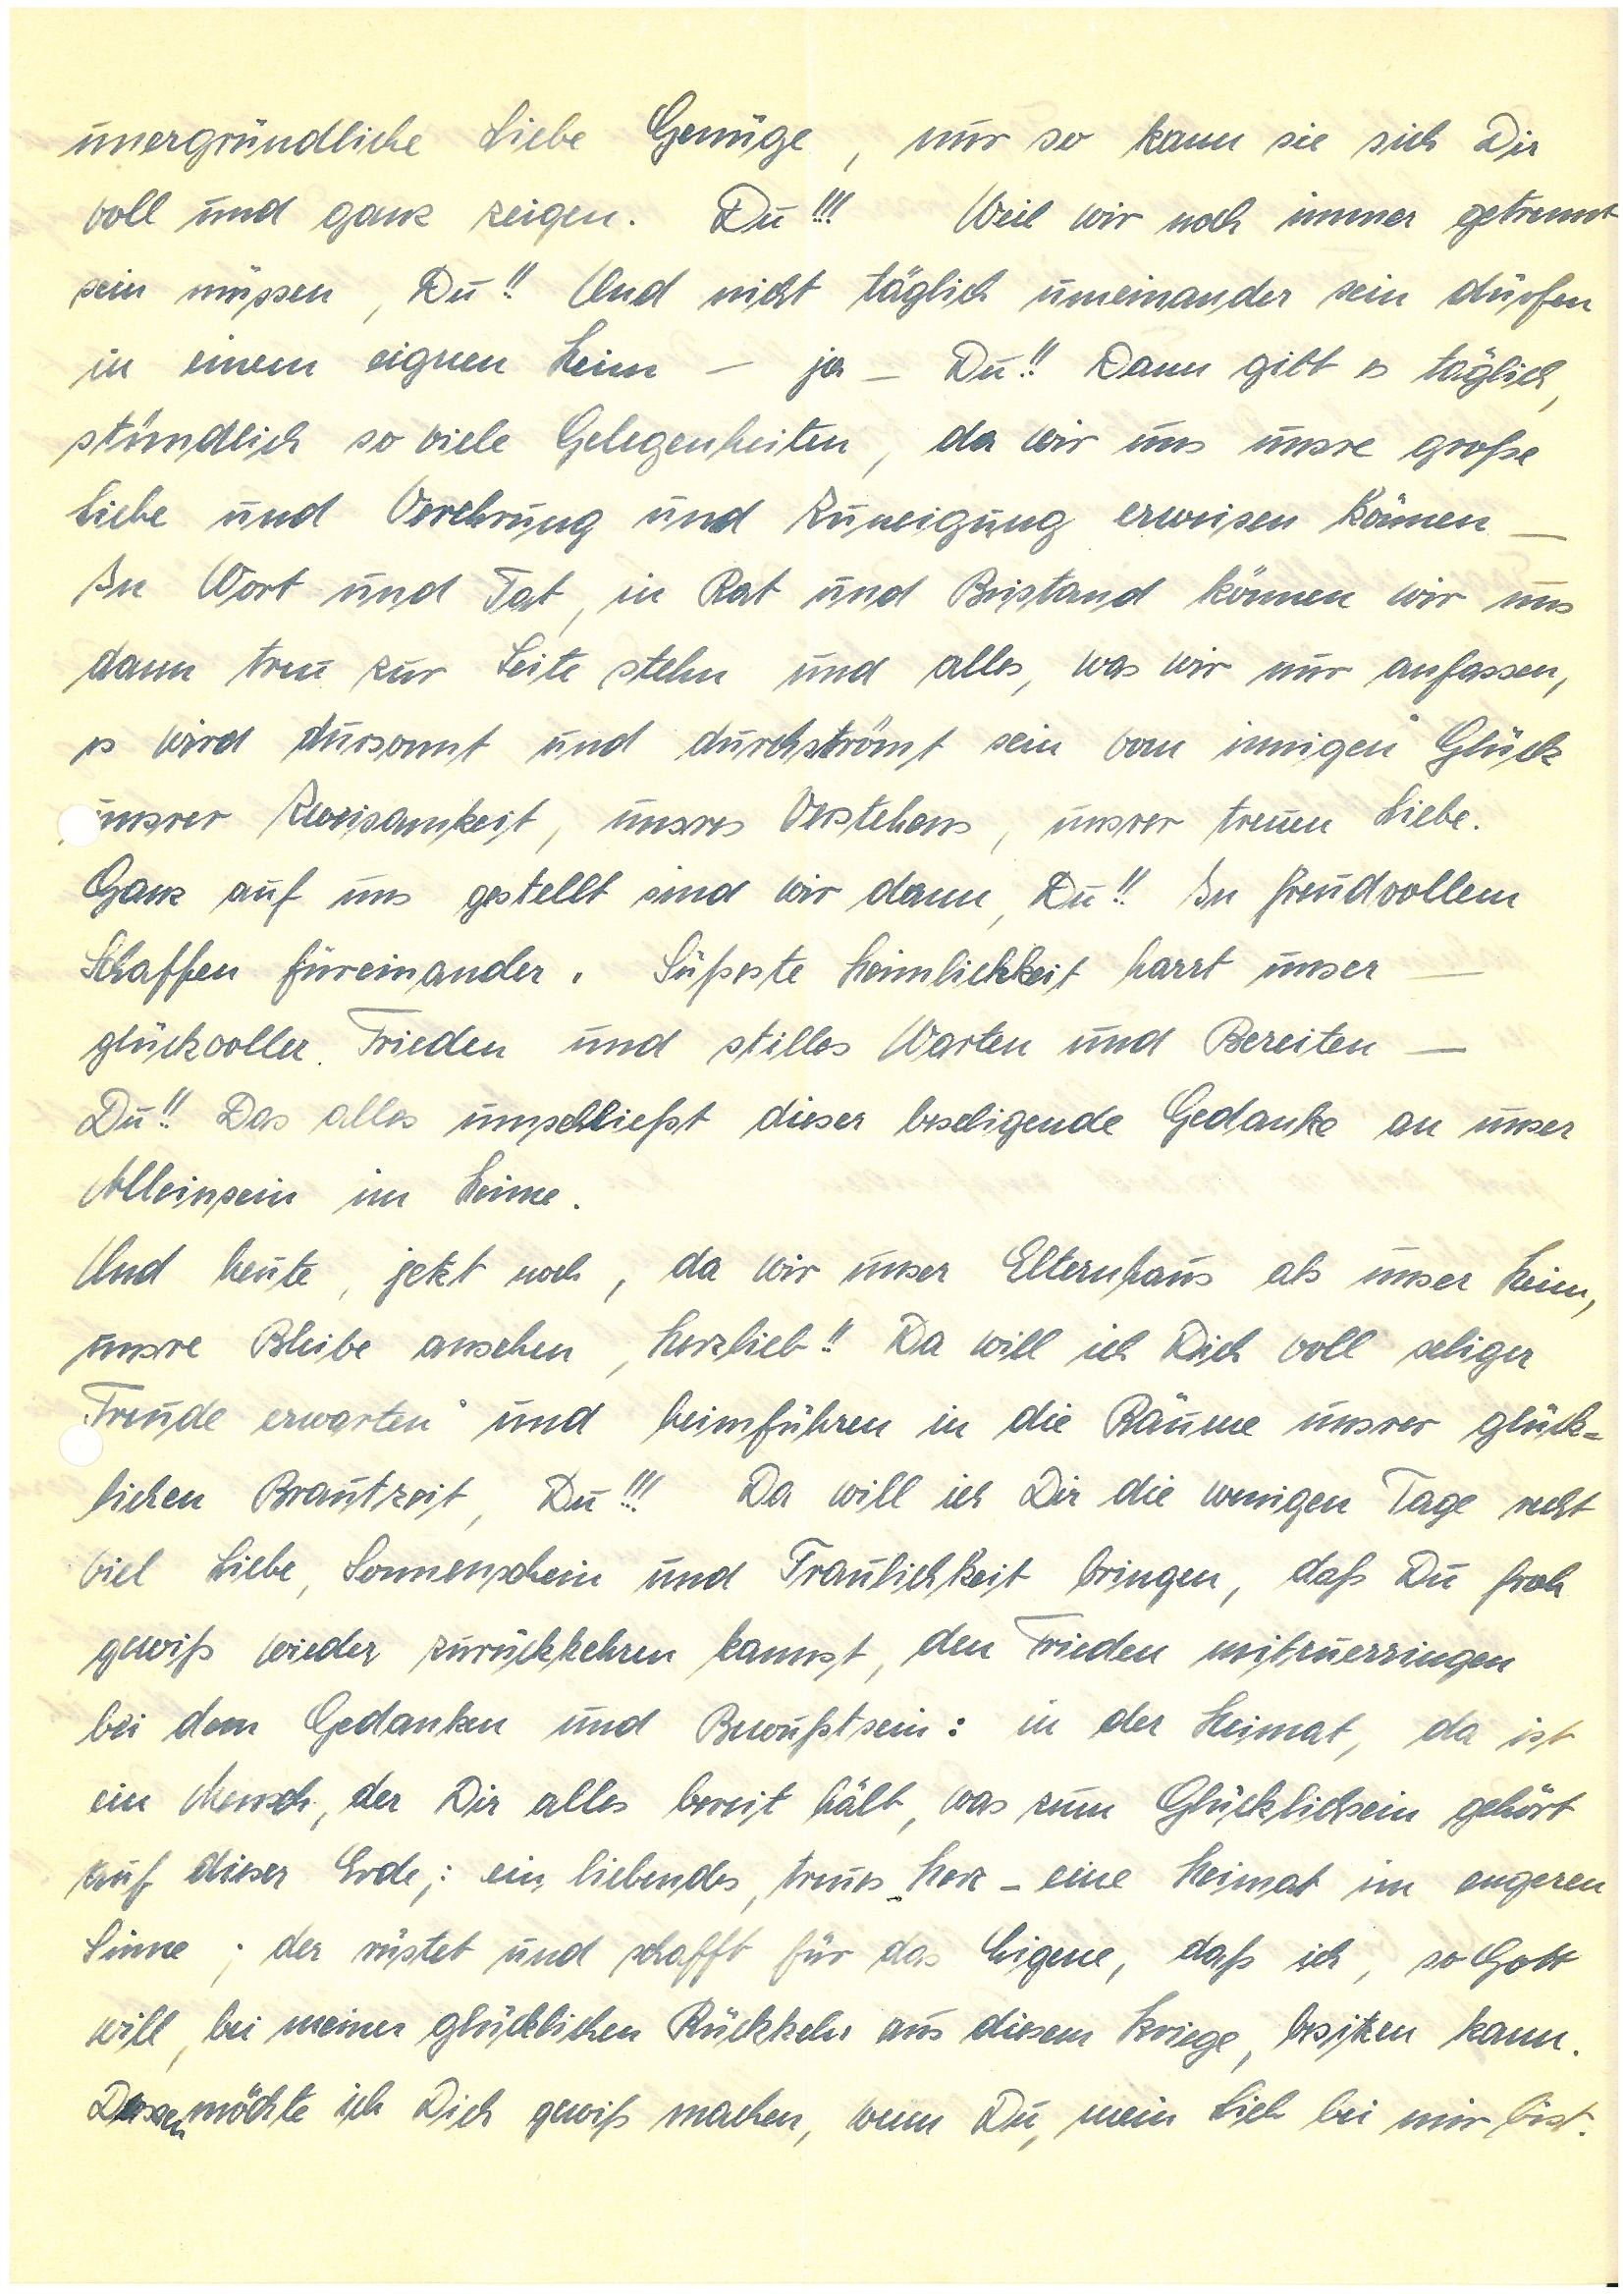
unergründliche Liebe Genüge, nur so kann sie sich Dir
voll und ganz zeigen. Du!!! Weil wir noch immer getrennt
sein müssen, Du!! Und nicht täglich umeinander sein dürfen
in einem eignen Heim – ja – Du!! Dann gibt es täglich,
stündlich so viele Gelegenheiten, da wir uns unsre große
Liebe und Verehrung und Zuneigung erweisen können –
In Wort und Tat, in Rat und Beistand können wir uns
dann treu zur Seite stehn und alles, was wir nur anfassen,
es wird dursonnt und durchströmt sein vom innigen Glück
nsrer Zweisamkeit, unsres Verstehens, unsrer treuen Liebe.
Ganz auf uns gestellt sind wir dann, Du!! In freudvollem
Schaffen füreinander. Süßeste Heimlichkeit harrt unser –
glückvoller Frieden und stilles Warten und Bereiten –
Du!! Das alles umschließt dieser beseligende Gedanke an unser
Alleinsein im Heime.
Und heute, jetzt noch, da wir unser Elternhaus als unser Heim,
unsre Bleibe ansehen, Herzlieb!! Da will ich Dich voll seliger
Freude erwarten und heimführen in die Räume unsrer glück¬
lichen Brautzeit, Du!!! Da will ich Dir die wenigen Tage recht
viel Liebe, Sonnenschein und Traulichkeit bringen, daß Du froh
gewiß wieder zurückkehren kannst, den Frieden mitzuerringen
bei dem Gedanken und Bewußtsein: in der Heimat, da ist
ein Mensch, der Dir alles bereit hält, was zum Glücklichsein gehört
auf dieser Erde; ein liebendes, treues Herz – eine Heimat im engeren
Sinne; der rüstet und schafft für das Eigene, daß ich, so Gott
will, bei meiner glücklichen Rückkehr aus diesem Kriege, besitzen kann.
Dessen möchte ich Dich gewiß machen, wenn Du, mein Lieb bei mir bist.